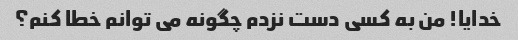
خدایا! من به کسی دست نزدم چگونه می توانم خطا کنم؟